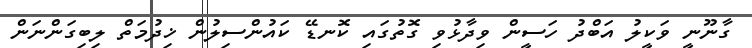
ގާނޫނީ ވަކީލު އަބްދު ހަސީން ވިދާޅުވި ގޮތުގައި ކޮނޑޭ ކައުންސިލުން ޚިދުމަތް ލިބިގަންނަން